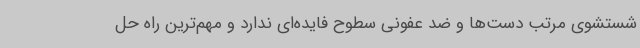
شستشوی مرتب دست‌ها و ضد عفونی سطوح فایده‌ای ندارد و مهم‌ترین راه حل